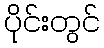
ပိုင်းတွင်